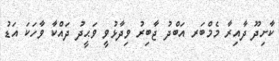
ކާށިދޫ ދާއިރާ މެމްބަރ އަބްދު ޖާބިރު ވިދާޅުވީ ވަޙީދު ދައްކާ ވާހަކަ އަޑު